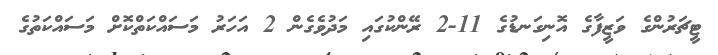
ޓީޗަރުންގެ ވަޒީފާގެ އޮނިގަނޑުގެ 11-2 ރޭންކުގައި މަދުވެގެން 2 އަހަރު މަސައްކަތްކޮށް މަސައްކަތުގެ